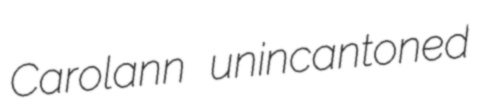
Carolann unincantoned